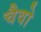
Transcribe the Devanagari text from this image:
चैवो